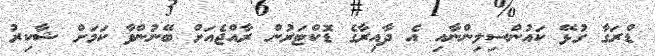
ޑްރަގާ ގުޅޭ ކައުންސިލިންނާއި އެ ދާއިރާގެ ޑޮކްޓަރުން ރާއްޖެއަށް ބޭނުންވާ ކަމަށް ޝާކިރު